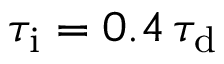
\tau _ { \mathrm { i } } = 0 . 4 \, \tau _ { \mathrm { d } }